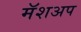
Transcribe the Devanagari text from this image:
मॅशअप